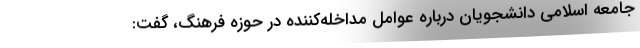
جامعه اسلامی دانشجویان درباره عوامل مداخله‌کننده در حوزه فرهنگ، گفت: